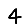
Digit: 4